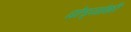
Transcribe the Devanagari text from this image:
घोड्यांशी